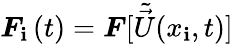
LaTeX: \boldsymbol{F}_{\mathbf{i}}\left(t\right)=\boldsymbol{F}[\tilde{{\vec{{U}}}}(x_{\mathbf{i}},t)]